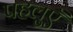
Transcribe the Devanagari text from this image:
पहलुएँ